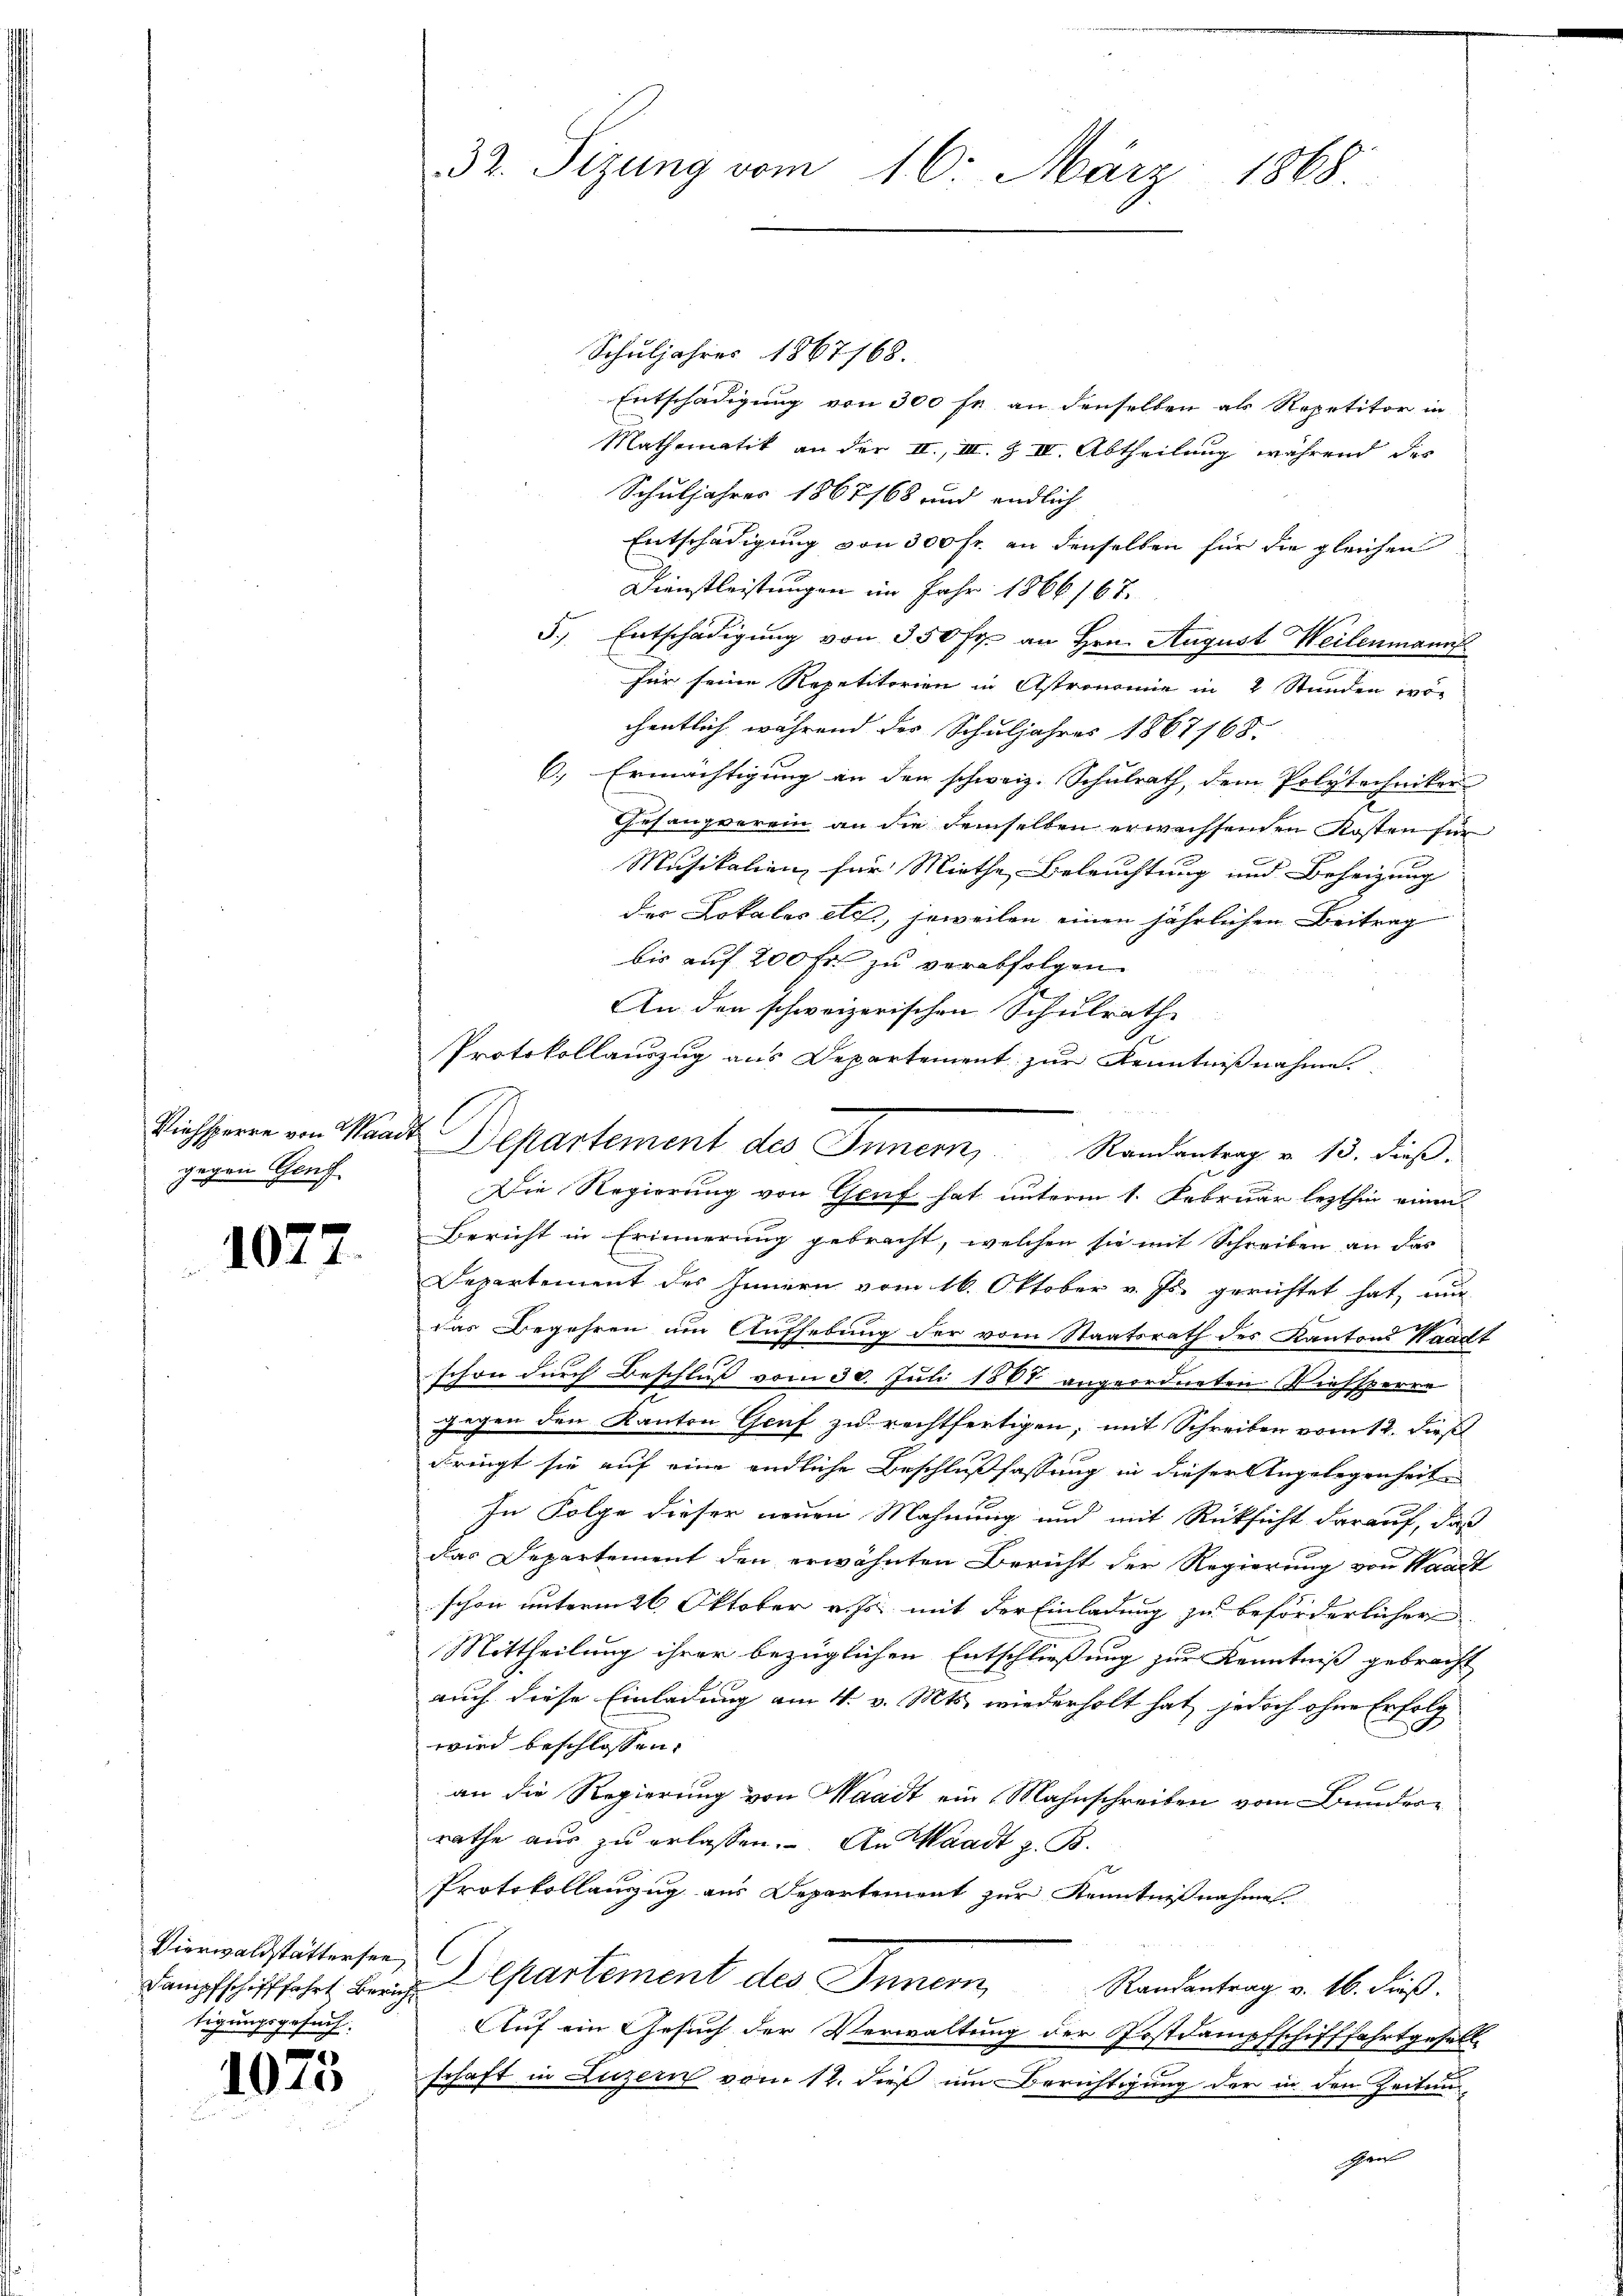
gegen Genf.

1077.

Vierwaldstättersee
tigungsgesuch

e
1010

32. Sizung vom 16. März 1868.

Schuljahres 1867168.
Entschädigung von 300 fr an denselben als Repetitor in
Mathematik an der II., III. Z IV. Abtheilung während des
Schuljahres 1867168 und endlich
Entschädigung von 300 fr. an denselben für die gleichen
Dienstleistungen im Jahr 1866 167.
s
5., Entschädigung von 350 fr. an Hrn. August Weilenmann
für seine Repetitorien in Astronomie in 2 Stunden wor
chentlich während des Schuljahres 1867168.
6., Ermächtigung an den schweiz. Schulrath, dem Polytechniker
Gesangverein an die demselben erwachsenden Kosten für
Musikalien für Miethe, Beleuchtung und Beheizung
der Lokales etc., jeweilen einen jährlichen Beitrag
bis auf 200 fr zu verabfolgen.
An den schweizerischen Schulrath
A
Protokollauszug aus Departement zur Kenntnißnahme.
Die Regierung von Genf hat unterm 1. Februar lezthin einen
Bericht in Erinnerung gebracht, welchen sie mit Schreiben an das
Departement des Innern vom 16. Oktober v. Js. gerichtet hat, nur
b
das Begehren um Aufhebung der vom Staatsrath des Kantons Waadt
schon durch Beschluß vom 30. Juli 1868 angeordneten Viehsperre
gegen den Kanton Genf zu rechtfertigen, mit Schreiben vom 12. Dies
dringt sie auf eine endliche Beschlußfassung in dieser Angelegenheit
In Folge dieser neuen Mahnung und mit Rücksicht darauf, daß
das Departement den erwähnten Bericht der Regierung von Waadt
schon unterm 26. Oktober v. Js. mit der Einladung zu beförderlicher
Mittheilung ihrer bezüglichen Entschließung zur Kenntniß gebracht
auch diese Einladung am 4. v. Mts. wiederholt hat, jedoch ohne Erfolg
wird beschlossen:
an die Regierung von Waadt ein Mahnschreiben vom Bunderrathe aus zu erlassen. An Waadt z. B.
Protokollauszug aus Departement zur Kenntnißnahmes
C
Lampfschifffahrt berich Departement des Innern Randantrag v. 16. dieß.
Auf ein Gesuch der Verwaltung der Postdampfschifffahrtgesell-
schaft in Luzern vom 12. dieß im Berichtigung der in den Zeitung
isch vor

Viehsperre von Waadt Departement des Innern, Randantrag u. 13. dieß.